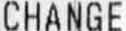
CHANGE